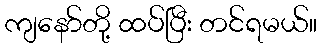
ကျနော်တို့ ထပ်ပြီး တင်ရမယ်။